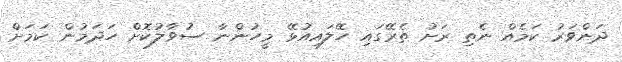
ދަންވަރު ކަމެއް ނެތި ރަށު ތެރޭގައި ހޭލައިއުޅޭ މީހުންނާ ސުވާލުކޮށް ހަދަމުން ކަމަށް